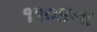
૧૧૦૪ના